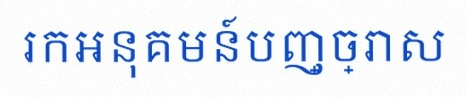
រកអនុគមន៍បញ្ច្រាស